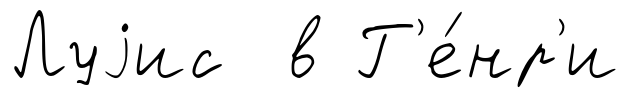
Луjис в Г'е́нр'и